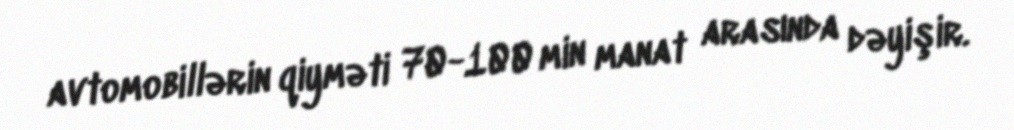
avtomobillərin qiyməti 70-100 min manat arasında dəyişir.